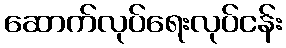
ဆောက်လုပ်ရေးလုပ်ငန်း